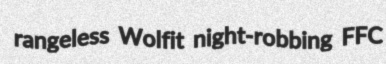
rangeless Wolfit night-robbing FFC